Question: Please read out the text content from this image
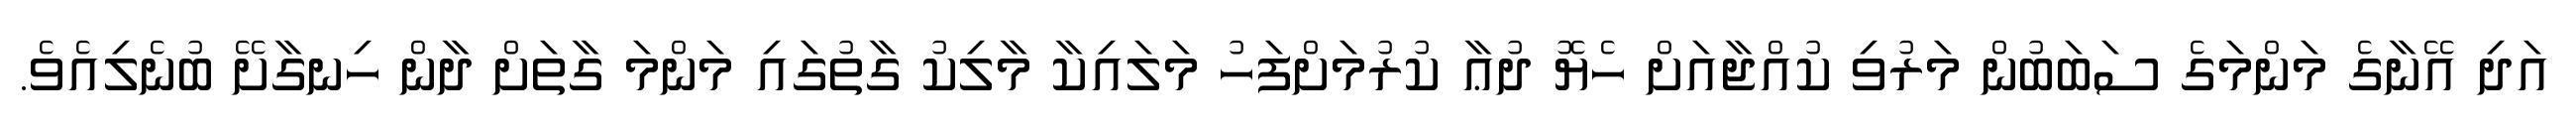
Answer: އަދި އޭނާގެ މަންމަގެ ސަބަބުން މަރުވި ކުއްޖާއަށް ހެޔޮ ދުޢާ ކުރުމަށްފަހު މަލައިކާ މާލިކު ގާތުގައި މަންމަ ގާތަށް ދާން ހިނގާށޭ ބުނެލިއެވެ.